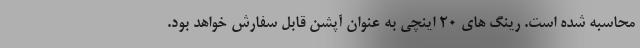
محاسبه شده است. رینگ های 20 اینچی به عنوان آپشن قابل سفارش خواهد بود.